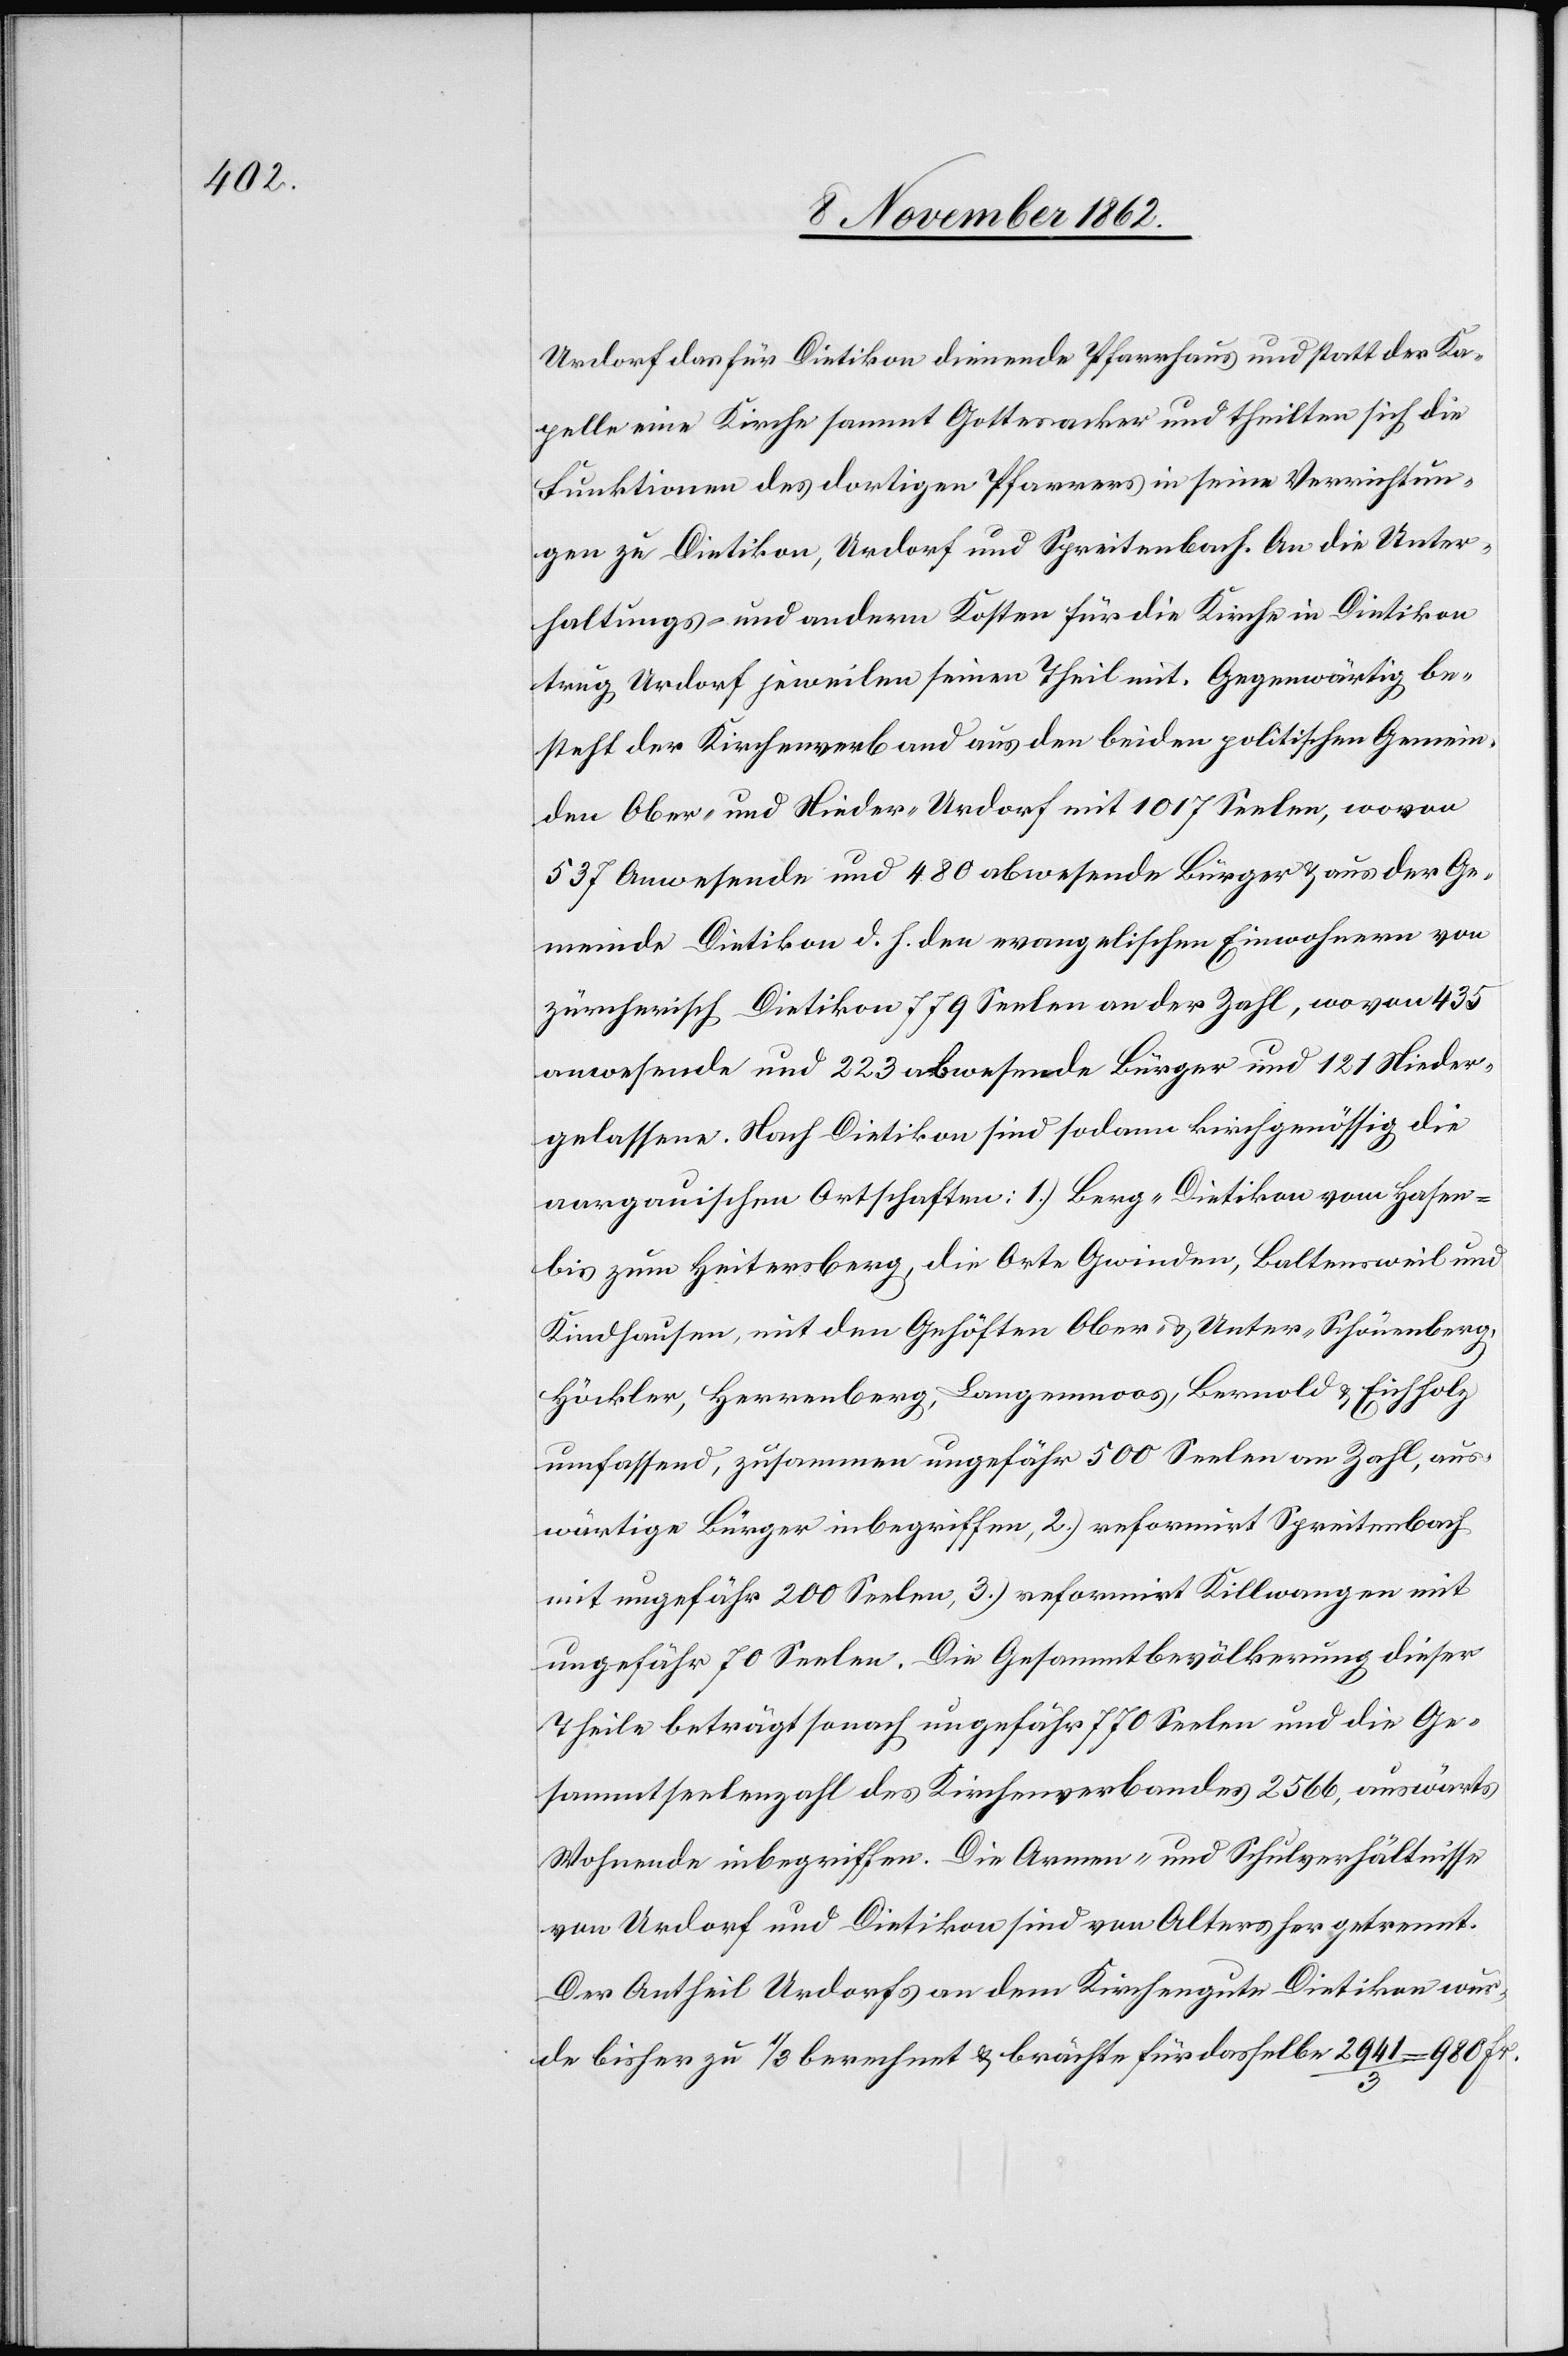
Urdorf das für Dietikon dienende Pfarrhaus und statt der Ka¬
pelle eine Kirche sammt Gottesacker und theilten sich die
Funktionen des dortigen Pfarrers in seine Verrichtun¬
gen zu Dietikon, Urdorf und Spreitenbach. An die Unter¬
haltungs- und andern Kosten für die Kirche in Dietikon
trug Urdorf jeweilen seinen Theil mit. Gegenwärtig be¬
steht der Kirchenverband aus den beiden politischen Gemein¬
den Ober- und Nieder-Urdorf mit 1017 Seelen, wovon
537 Anwesende und 480 abwesende Bürger u. aus der Ge¬
meinde Dietikon d. J. den evangelischen Einwohnern von
zürcherisch Dietikon 779 Seelen an der Zahl, wo von 435
anwesende und 223 abwesende Bürger und 121 Nieder¬
gelassene. Nach Dietikon sind sodann kirchgenössig die
aargauischen Ortschaften: 1) Berg-Dietikon vom Hasen-
bis zum Heitersberg, die Orte Gwinden, Baltensweil und
Kindhausen, mit den Gehöften Ober- u. Unter-Schönenberg,
Häckler, Herrenberg, Langenmoos, Bernold u. Eichholz
umfassend, zusammen ungefähr 500 Seelen an Zahl, aus¬
wärtige Bürger inbegriffen, 2) reformirt Spreitenbach
mit ungefähr 200 Seelen, 3) reformirt Killwangen mit
ungefähr 70 Seelen. Die Gesammtbevölkerung dieser
Theile beträgt sonach ungefähr 770 Seelen und die Ge¬
sammtseelenzahl des Kirchenverbandes 2566, auswärts
Wohnende inbegriffen. Die Armen- und Schulverhältnisse
von Urdorf und Dietikon sind von Alters her getrennt.
Der Antheil Urdorfs an dem Kirchengute Dietikon wur¬
de bisher zu 1/3 berechnet u. brächte für dasselbe 2941/3=980 Fr.